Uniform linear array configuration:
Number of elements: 12
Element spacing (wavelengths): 1
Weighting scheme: binomial
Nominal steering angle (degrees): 45
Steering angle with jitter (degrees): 44.614
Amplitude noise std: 0.05
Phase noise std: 0.05

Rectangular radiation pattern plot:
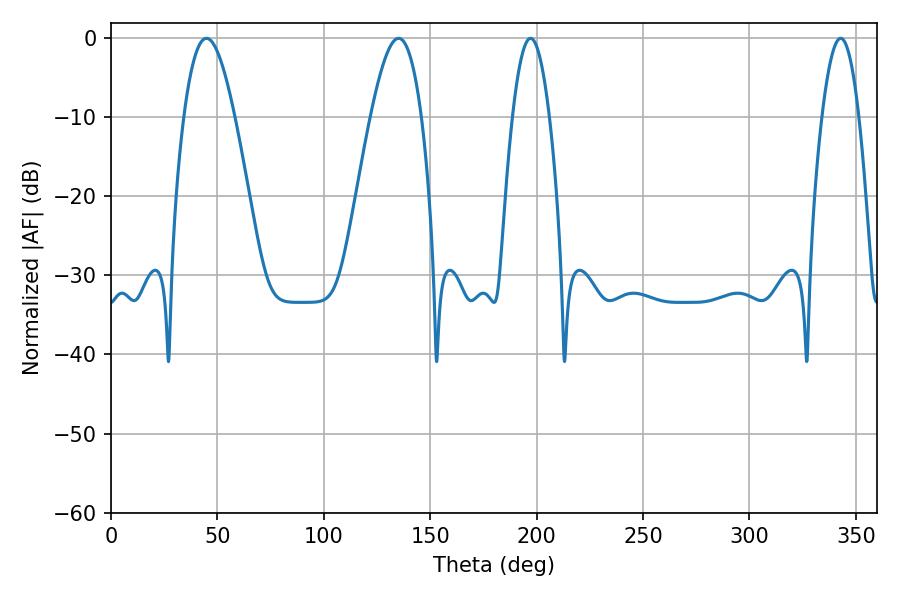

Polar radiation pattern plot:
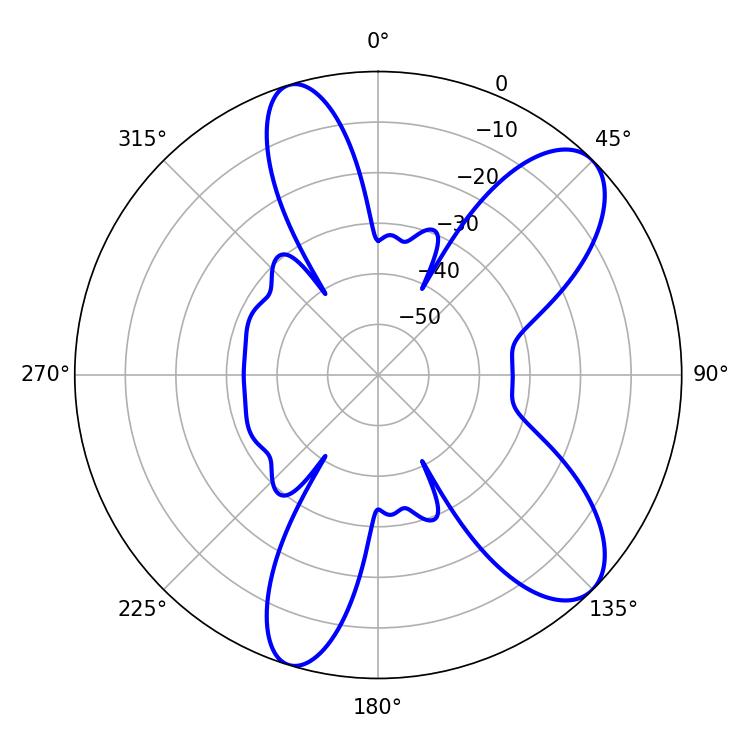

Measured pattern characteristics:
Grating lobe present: TRUE
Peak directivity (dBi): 9.153
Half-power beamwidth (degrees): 12.96
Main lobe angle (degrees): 44.82